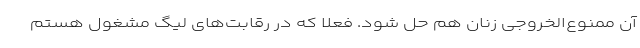
آن ممنوع‌الخروجی زنان هم حل شود. فعلا که در رقابت‌های لیگ مشغول هستم